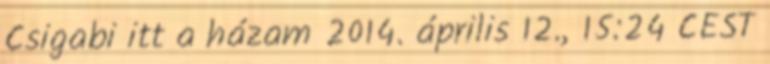
Csigabi itt a házam 2014. április 12., 15:24 CEST